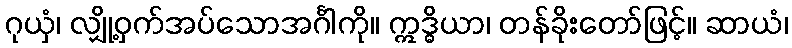
ဂုယှံ၊ လျှို့ဝှက်အပ်သောအင်္ဂါကို။ ဣဒ္ဓိယာ၊ တန်ခိုးတော်ဖြင့်။ ဆာယံ၊